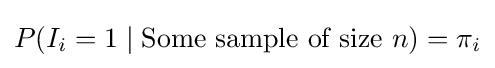
P(I_{i}=1\mid {\text{Some sample of size }}n)=\pi _{i}